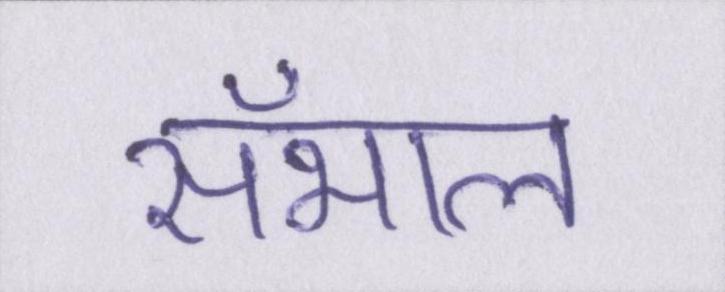
सँभाल